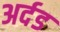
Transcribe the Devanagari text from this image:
अर्दड